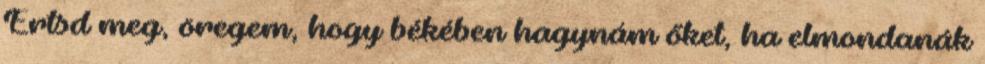
Értsd meg, öregem, hogy békében hagynám őket, ha elmondanák